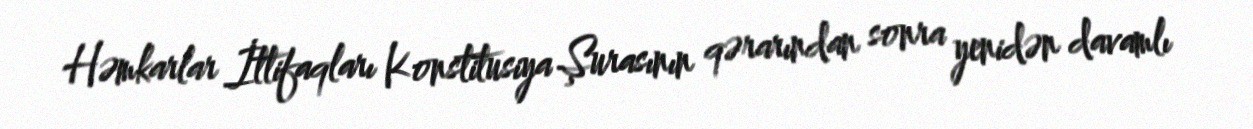
Həmkarlar İttifaqları Konstitusiya Şurasının qərarından sonra yenidən davamlı